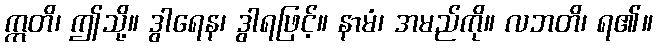
ဣတိ၊ ဤသို့။ ဒွါရေန၊ ဒွါရဖြင့်။ နာမံ၊ အမည်ကို။ လဘတိ၊ ရ၏။